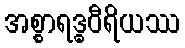
အစ္စာရဒ္ဓဝီရိယဿ